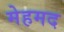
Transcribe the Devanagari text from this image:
मेहमद